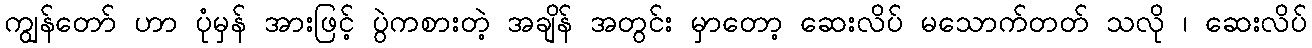
ကျွန်တော် ဟာ ပုံမှန် အားဖြင့် ပွဲကစားတဲ့ အချိန် အတွင်း မှာတော့ ဆေးလိပ် မသောက်တတ် သလို ၊ ဆေးလိပ်